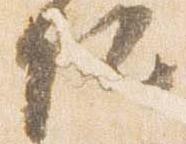
位